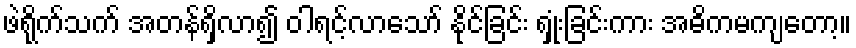
ဖဲရိုက်သက် အတန်ရှိလာ၍ ဝါရင့်လာသော် နိုင်ခြင်း ရှုံးခြင်းကား အဓိကမကျတော့။